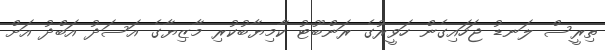
ތިރީސް ލަނޑު ޖަހައިގެން ހަވީރުގެ ރަންބޫޓު ކާމިޔާބުކުރި މާޒިޔާގެ އަސަދު އަބްދު އަށް